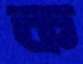
ক